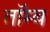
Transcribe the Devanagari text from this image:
तॉम्ब